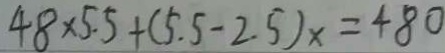
4 8 \times 5 . 5 + ( 5 . 5 - 2 . 5 ) x = 4 8 0